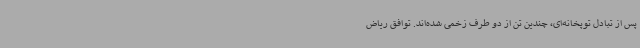
پس از تبادل توپخانه‌ای، چندین تن از دو طرف زخمی شده‌اند. توافق ریاض